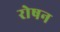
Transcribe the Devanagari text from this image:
रोषन